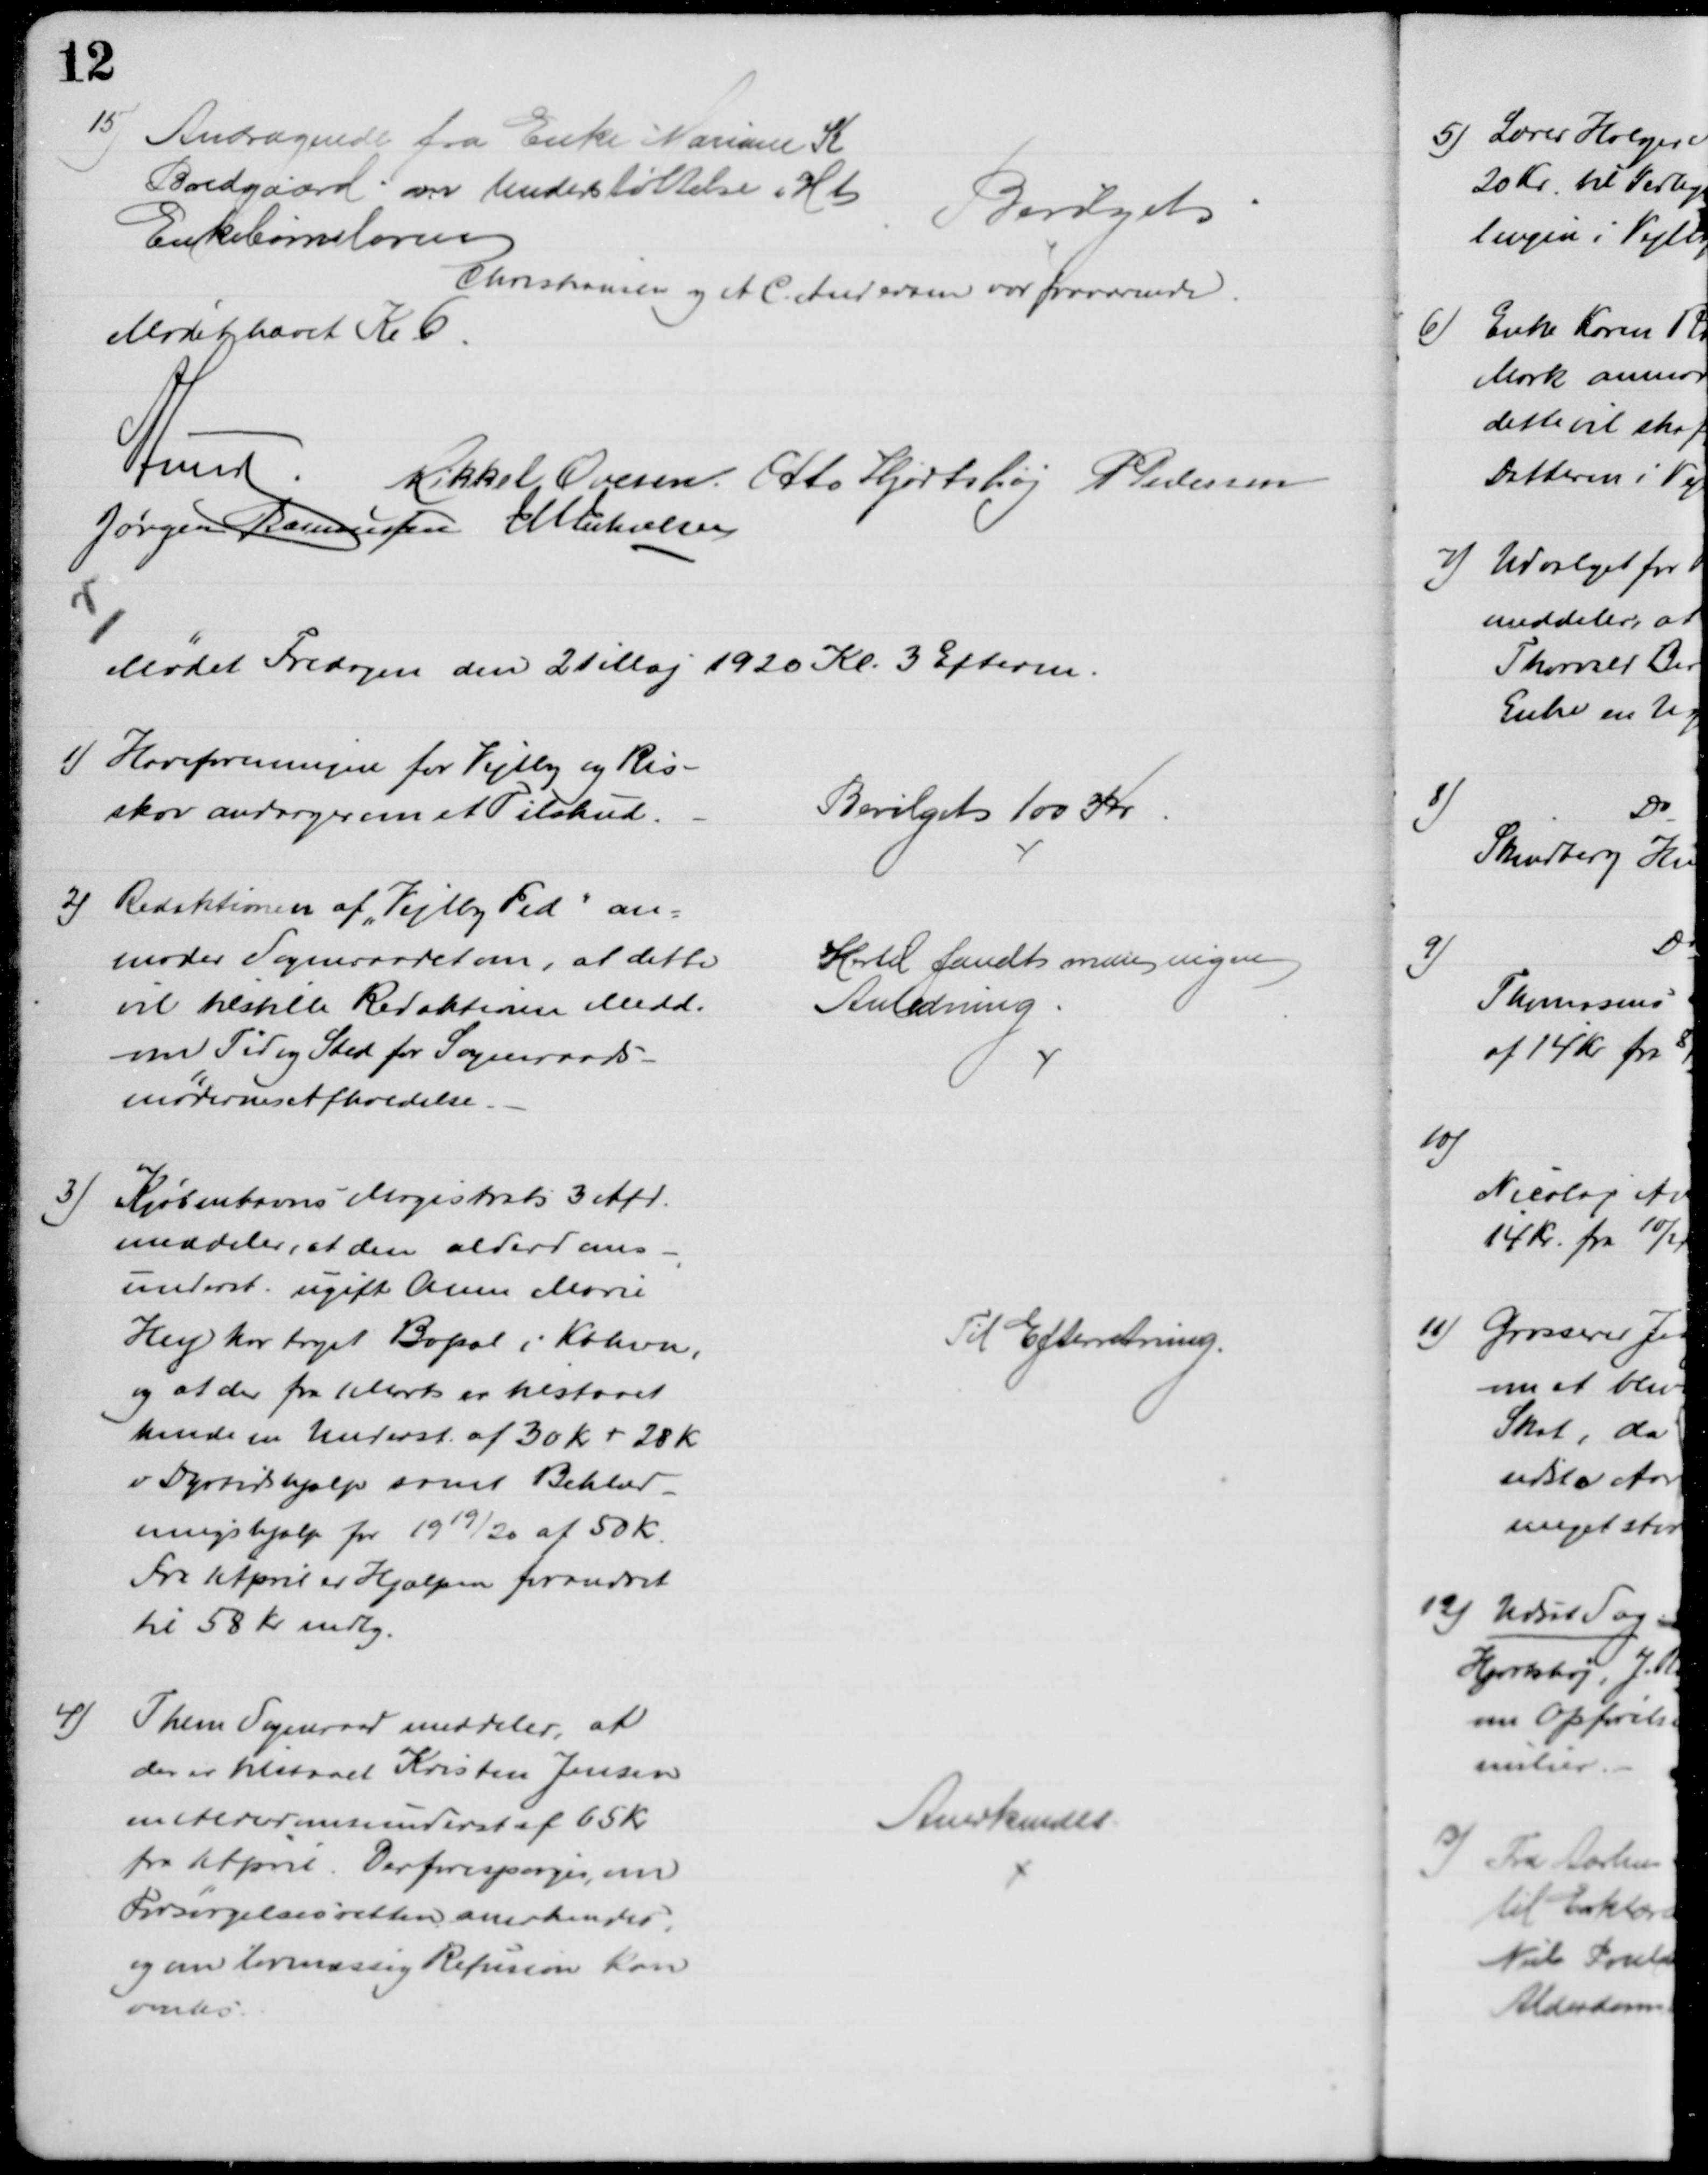
Transskription:
15) Andragende fra Enke Mariane K
Bredgaard om Understøttelse i H t
Enkebørnsloven
Bevilget
Christiansen og A. C. Andersen var fraværende
Mødet hævet Kl 6.
A Lund.
Mikkel Ovesen. Otto Hjortshøj P Pedersen
Jørgen Rasmussen J M Jakobsen
Mødet Fredagen den 21 Maj 1920 Kl. 3 Efterm.
1) Haveforeningen for Vejlby og Ris-
skov andrager om et Tilskud.
Bevilget 100 Kr
2) Redaktionen af "Vejlby Fed" an=
moder Sogneraadet om, at dette
vil tilstille Redaktionen Medd.
om Tid og Sted for Sogneraads-
mødernes Afholdelse
Hertil fandt man ingen
Anledning
3)
Kjøbenhavns Magistrats 3 Afd.
meddeler, at den alderdoms-
underst. ugift Anne Marie
Hey har taget Bopæl i Kbhvn,
og at der fra 1 Marts er tilstaaet
hende en Underst. af 30 Kr + 28 Kr
i Dyrtidshjælp samt Beklæd-
ningshjælp for 1919/20 af 50 Kr
Fra 1 April er Hjælpen forandret
til 58 Kr mdlg.
Til Efterretning.
4)
Them Sogneraad meddeler, at
der er tilstaaet Kristen Jensen
en Aldomsunderst af 65 Kr
fra 1 April. Der forespørges om
Forsørgelsesretten anerkendes
og om lovmæssig Refusion kan
ventes.
Anerkendes